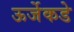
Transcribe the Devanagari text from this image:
ऊर्जेकडे